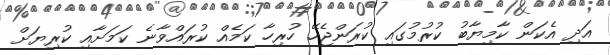
އަދި އެކަން ކާމިޔާބު ކުރުމުގައި ކުރަންޖެހޭ ހުރިހާ ކަމެއް ކުރައްވާނެ ކަމަށާއި ކުރިޔަށް